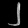
Digit: ၂